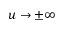
u \rightarrow \pm \infty